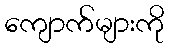
ကျောက်များကို